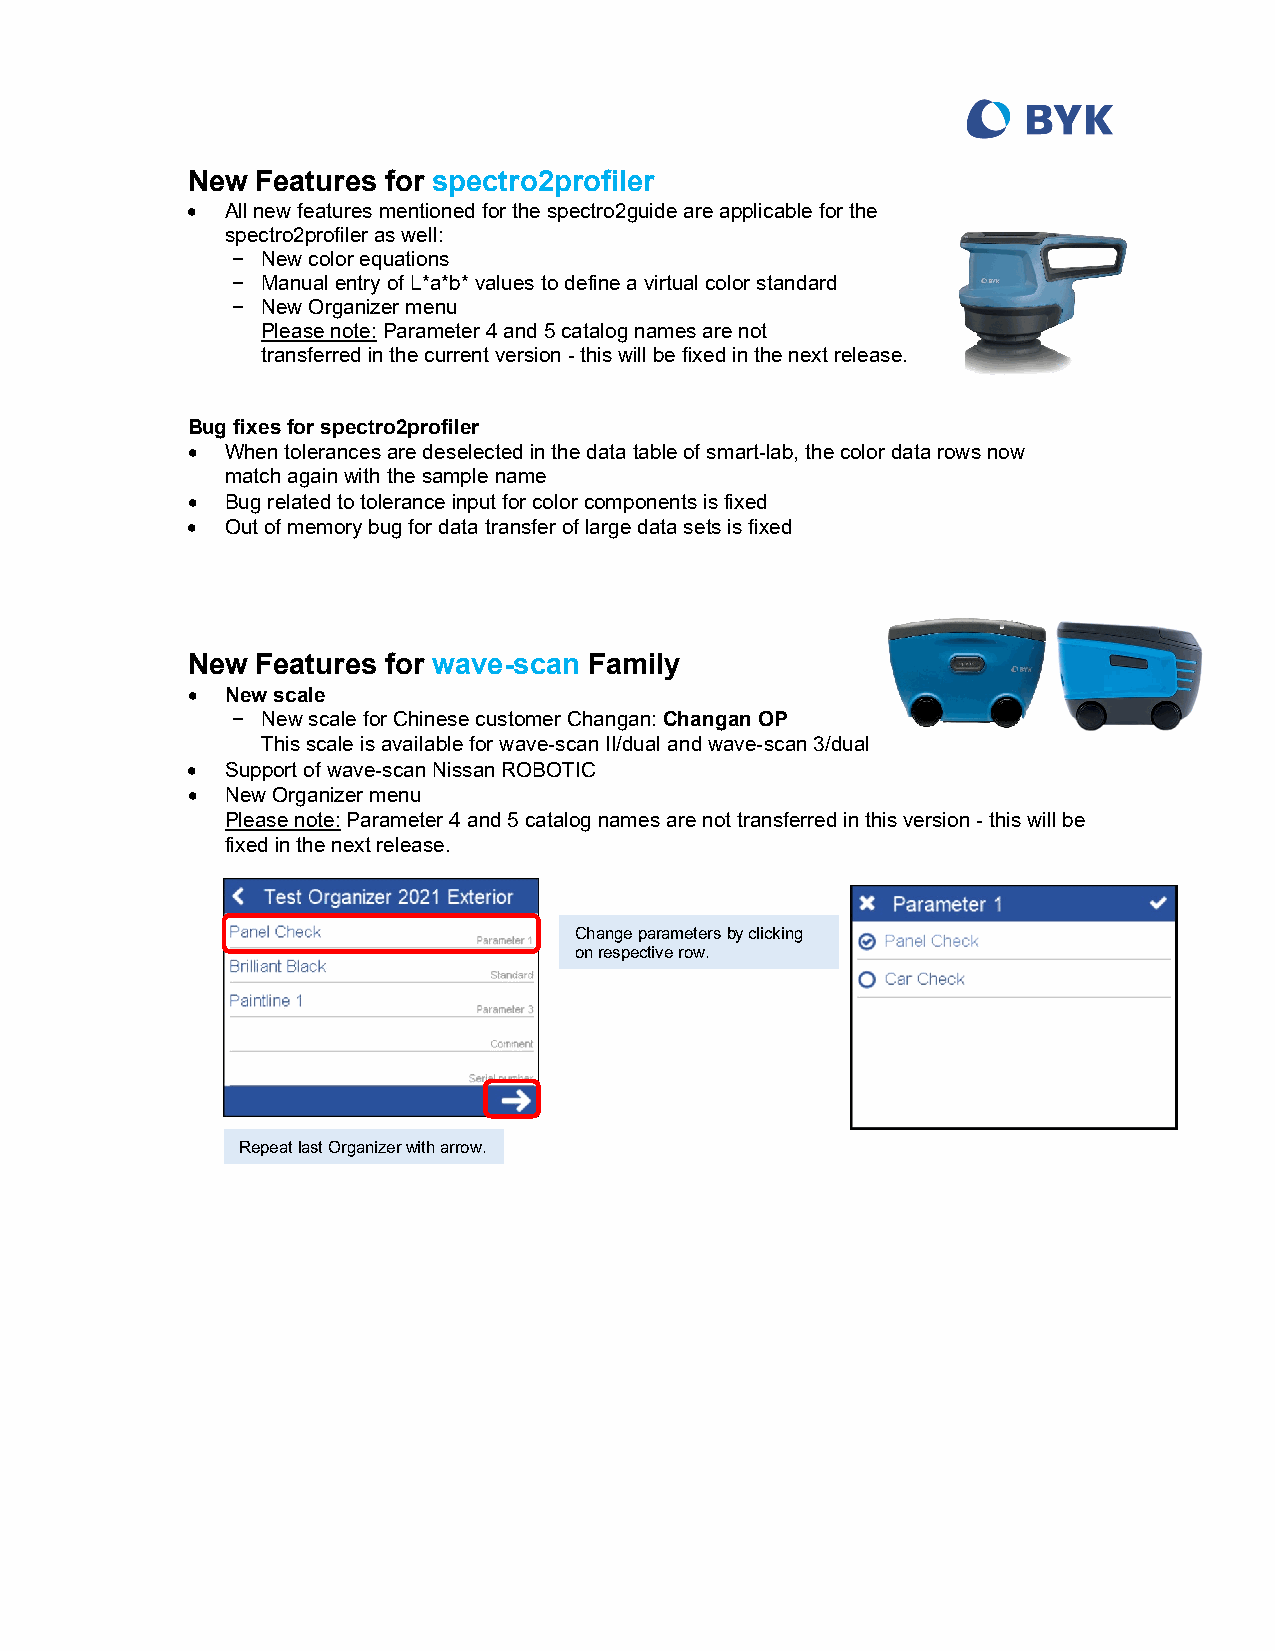
New  Features for spectro2profiler
 •  All new features mentioned for the spectro2guide are applicable for the
 spectro2profiler as well:
 − New color equations
 − Manual entry of L*a*b* values to define a virtual color standard
 − New Organizer menu
 Please note: Parameter 4 and 5 catalog names are not
 transferred in the current version - this will be fixed in the next release.
 Bug fixes for spectro2profiler
 •  When tolerances are deselected in the data table of smart-lab, the color data rows now
 match again with the sample name
 •  Bug related to tolerance input for color components is fixed
 •  Out of memory bug for data transfer of large data sets is fixed
 New  Features for wave-scan Family
 •  New scale
 − New scale for Chinese customer Changan: Changan OP
 This scale is available for wave-scan II/dual and wave-scan 3/dual
 •  Support of wave-scan Nissan ROBOTIC
 •  New Organizer menu
 Please note: Parameter 4 and 5 catalog names are not transferred in this version - this will be
 fixed in the next release.
 Change parameters by clicking
 on respective row.
 Repeat last Organizer with arrow.